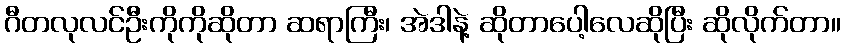
ဂီတလုလင်ဦးကိုကိုဆိုတာ ဆရာကြီး၊ အဲဒါနဲ့ ဆိုတာပေါ့လေဆိုပြီး ဆိုလိုက်တာ။